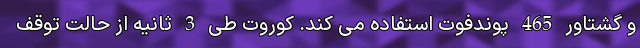
و گشتاور 465 پوندفوت استفاده می کند. کوروت طی 3 ثانیه از حالت توقف